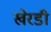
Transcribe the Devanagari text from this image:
खेरडी